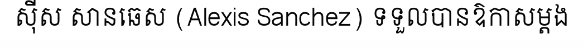
ស៊ីស សានឆេស (Alexis Sanchez) ទទួលបានឱកាសម្តង